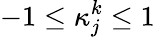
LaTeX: -1\le\kappa_{j}^{k}\le 1